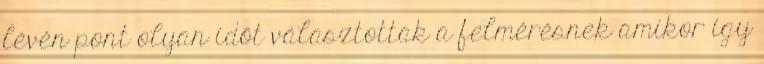
lévén pont olyan időt választottak a felmérésnek amikor így